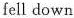
fell down